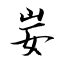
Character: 妛